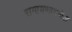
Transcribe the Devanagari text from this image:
रामायणामधील